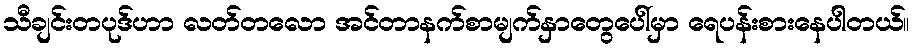
သီချင်းတပုဒ်ဟာ လတ်တလော အင်တာနက်စာမျက်နှာတွေပေါ်မှာ ရေပန်းစားနေပါတယ်။